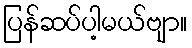
ပြန်ဆပ်ပါ့မယ်ဗျာ။